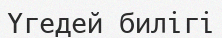
Үгедей билігі